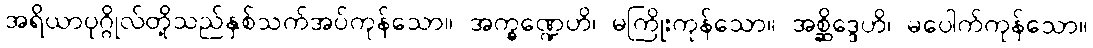
အရိယာပုဂ္ဂိုလ်တို့သည်နှစ်သက်အပ်ကုန်သော။ အက္ခဏ္ဍေဟိ၊ မကြိုးကုန်သော။ အစ္ဆိဒ္ဒေဟိ၊ မပေါက်ကုန်သော။